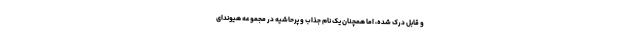
و قابل درک شده، اما همچنان یک نام جذاب و پرحاشیه در مجموعه هیوندای